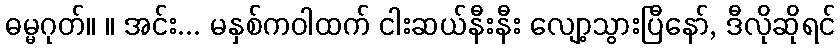
ဓမ္မဂုတ်။ ။ အင်း... မနှစ်ကဝါထက် ငါးဆယ်နီးနီး လျော့သွားပြီနော်, ဒီလိုဆိုရင်